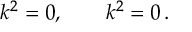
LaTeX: k ^ { 2 } = 0 , \qquad k ^ { 2 } = 0 \, .